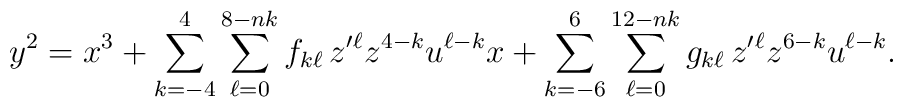
y^2=x^3+\sum_{k=-4}^{4}\sum_{\ell=0}^{8-nk} f_{k\ell}\,z'{}^\ell z^{4-k}u^{\ell-k}x+\sum_{k=-6}^{6}\sum_{\ell=0}^{12-nk} g_{k\ell}\,z'{}^\ell z^{6-k}u^{\ell-k}.